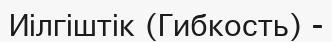
Иілгіштік (Гибкость) -